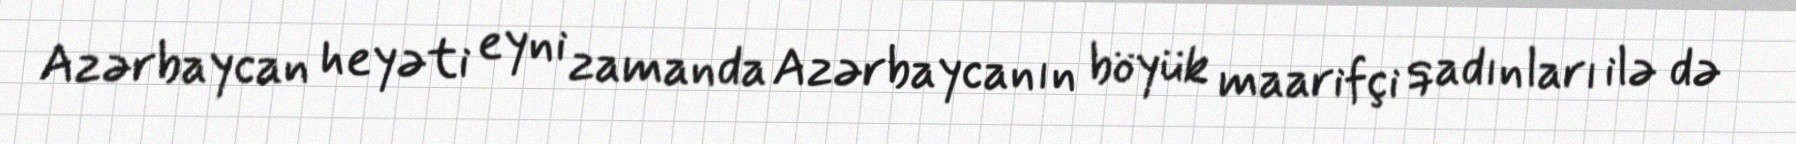
Azərbaycan heyəti eyni zamanda Azərbaycanın böyük maarifçi qadınları ilə də